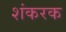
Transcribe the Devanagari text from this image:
शंकरक